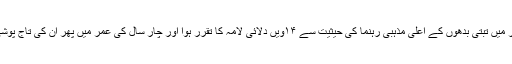
۲ سال کی عمر میں تبتی بدھوں کے اعلیٰ مذہبی رہنما کی حیثیت سے ۱۴ویں دلائی لامہ کا تقرر ہوا اور چار سال کی عمر میں پھر ان کی تاج پوشی بھی ہو گئی۔